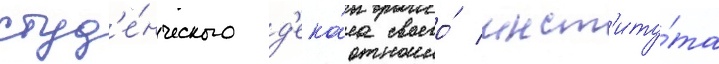
студ'е́нческого д'ека́на своего́ инст'иту́та